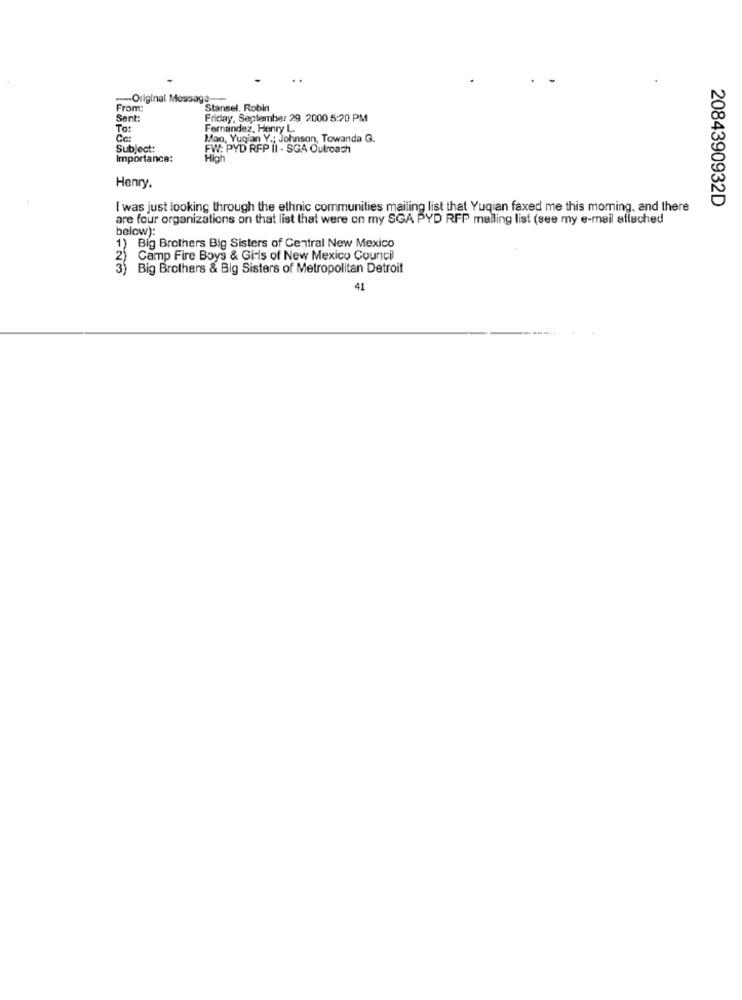
-- Original Message ---
From:
Stansel. Robin
Sent:
Friday, September 29, 2000 5:20 PM
To:
Fernandez, Henry L.
Cc:
Mao, Yuqian Y .; Johnson, Towanda G.
Subject:
FW: PYD RFP II - SGA Outroach
Importance:
High
Henry
2084390932D
I was just looking through the ethnic communities mailing list that Yuqian faxed me this morning, and there
are four organizations on that list that were on my SGA PYD RFP mailing list (see my e-mail allached
below):
1) Big Brothers Big Sisters of Central New Mexico
2) Camp Fire Boys & Girls of New Mexico Council
3) Big Brothers & Big Sisters of Metropolitan Detroit
41